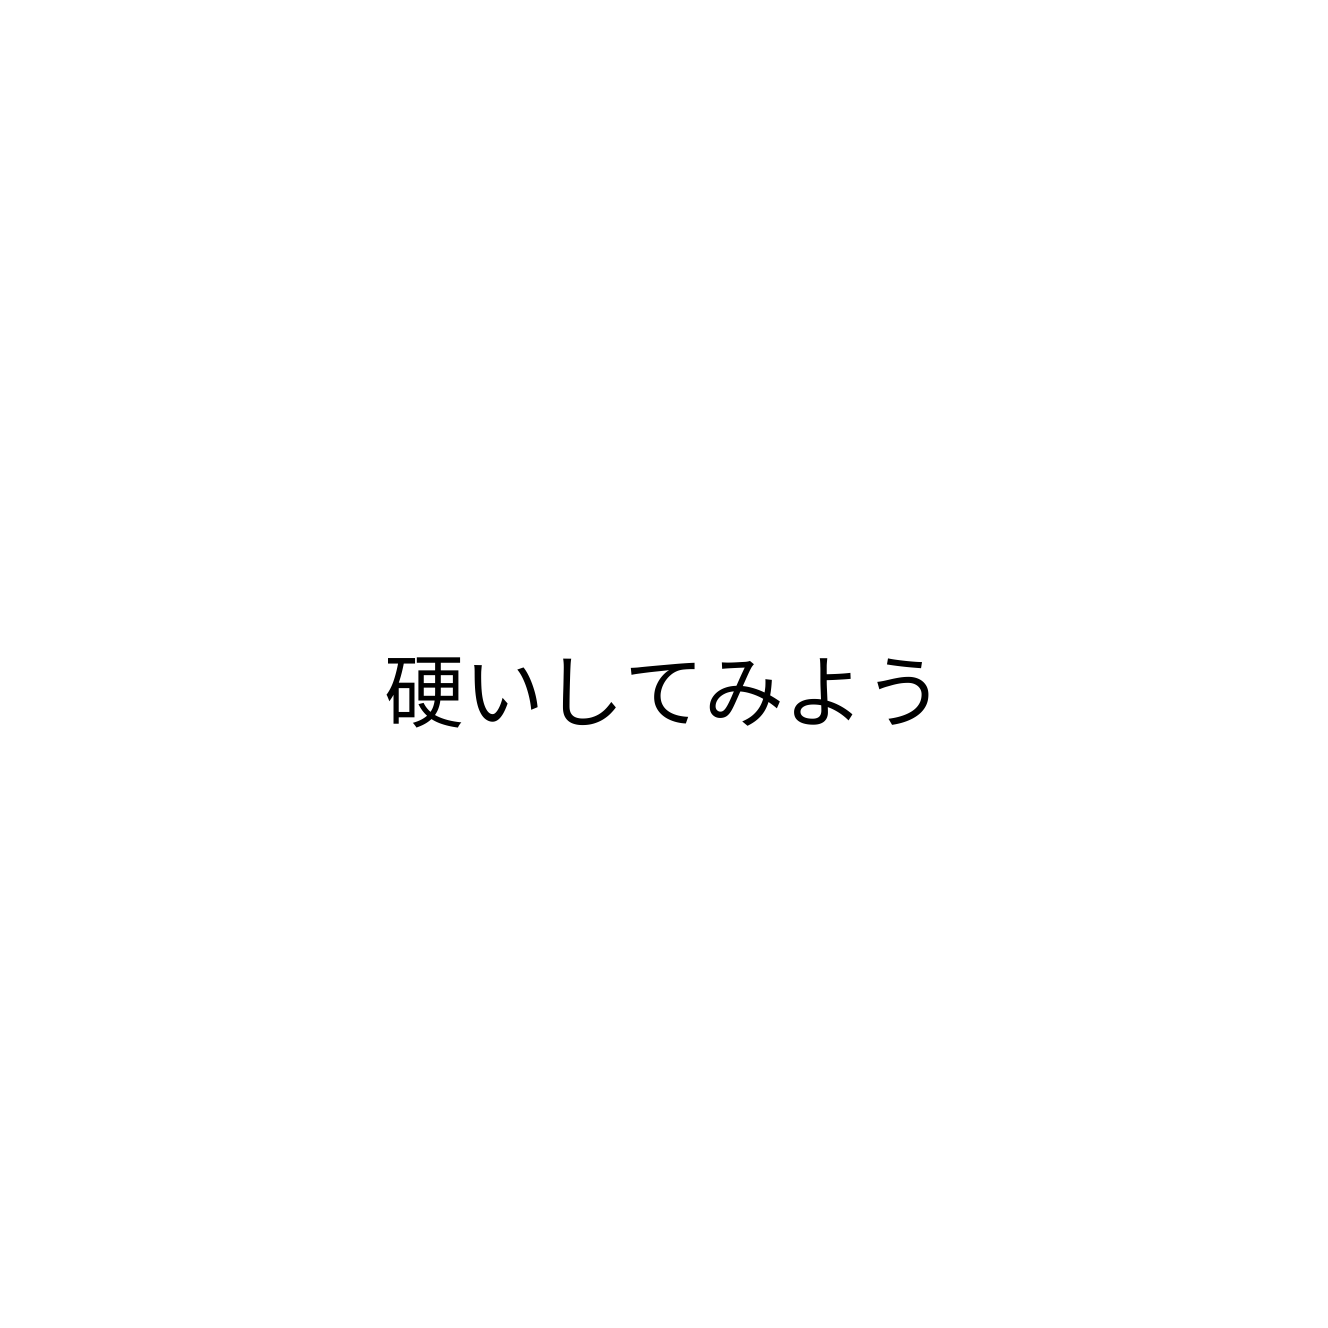
硬いしてみよう